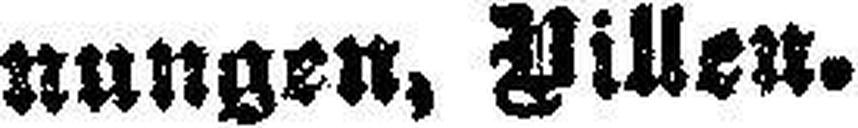
nungen, Villen.